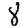
Digit: 8